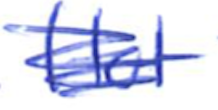
Text: Hot
Cross-out: scratch
Writing tool: ballpoint